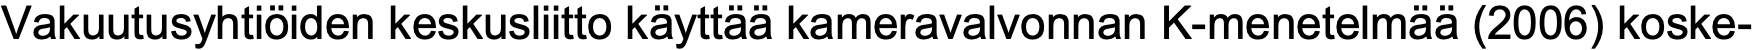
Vakuutusyhtiöiden keskusliitto käyttää kameravalvonnan K-menetelmää (2006) koske-